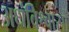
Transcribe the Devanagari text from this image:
अधंविश्वासों